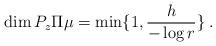
LaTeX: \begin{align*}\dim P_{z}\Pi\mu=\min\{1,\frac{h}{-\log r}\}\:.\end{align*}